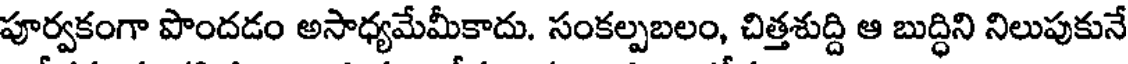
పూర్వకంగా పొందడం అసాధ్యమేమీకాదు. సంకల్పబలం, చిత్తశుద్ది ఆ బుద్ధిని నిలుపుకునే